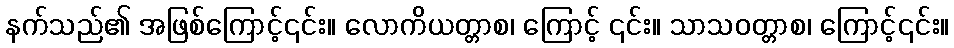
နက်သည်၏ အဖြစ်ကြောင့်၎င်း။ လောကိယတ္တာစ၊ ကြောင့် ၎င်း။ သာသဝတ္တာစ၊ ကြောင့်၎င်း။